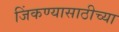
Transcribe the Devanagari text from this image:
जिंकण्यासाठीच्या